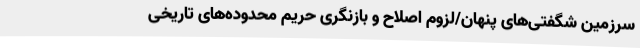
سرزمین شگفتی‌های پنهان/لزوم اصلاح و بازنگری حریم محدوده‌های تاریخی